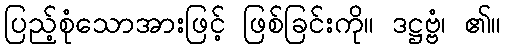
ပြည့်စုံသောအားဖြင့် ဖြစ်ခြင်းကို။ ဒဋ္ဌဗ္ဗံ၊ ၏။